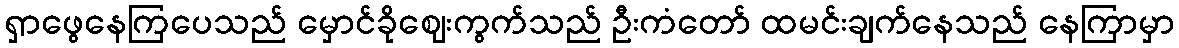
ရှာဖွေနေကြပေသည် မှောင်ခိုဈေးကွက်သည် ဦးကံတော် ထမင်းချက်နေသည် နေကြာမှာ